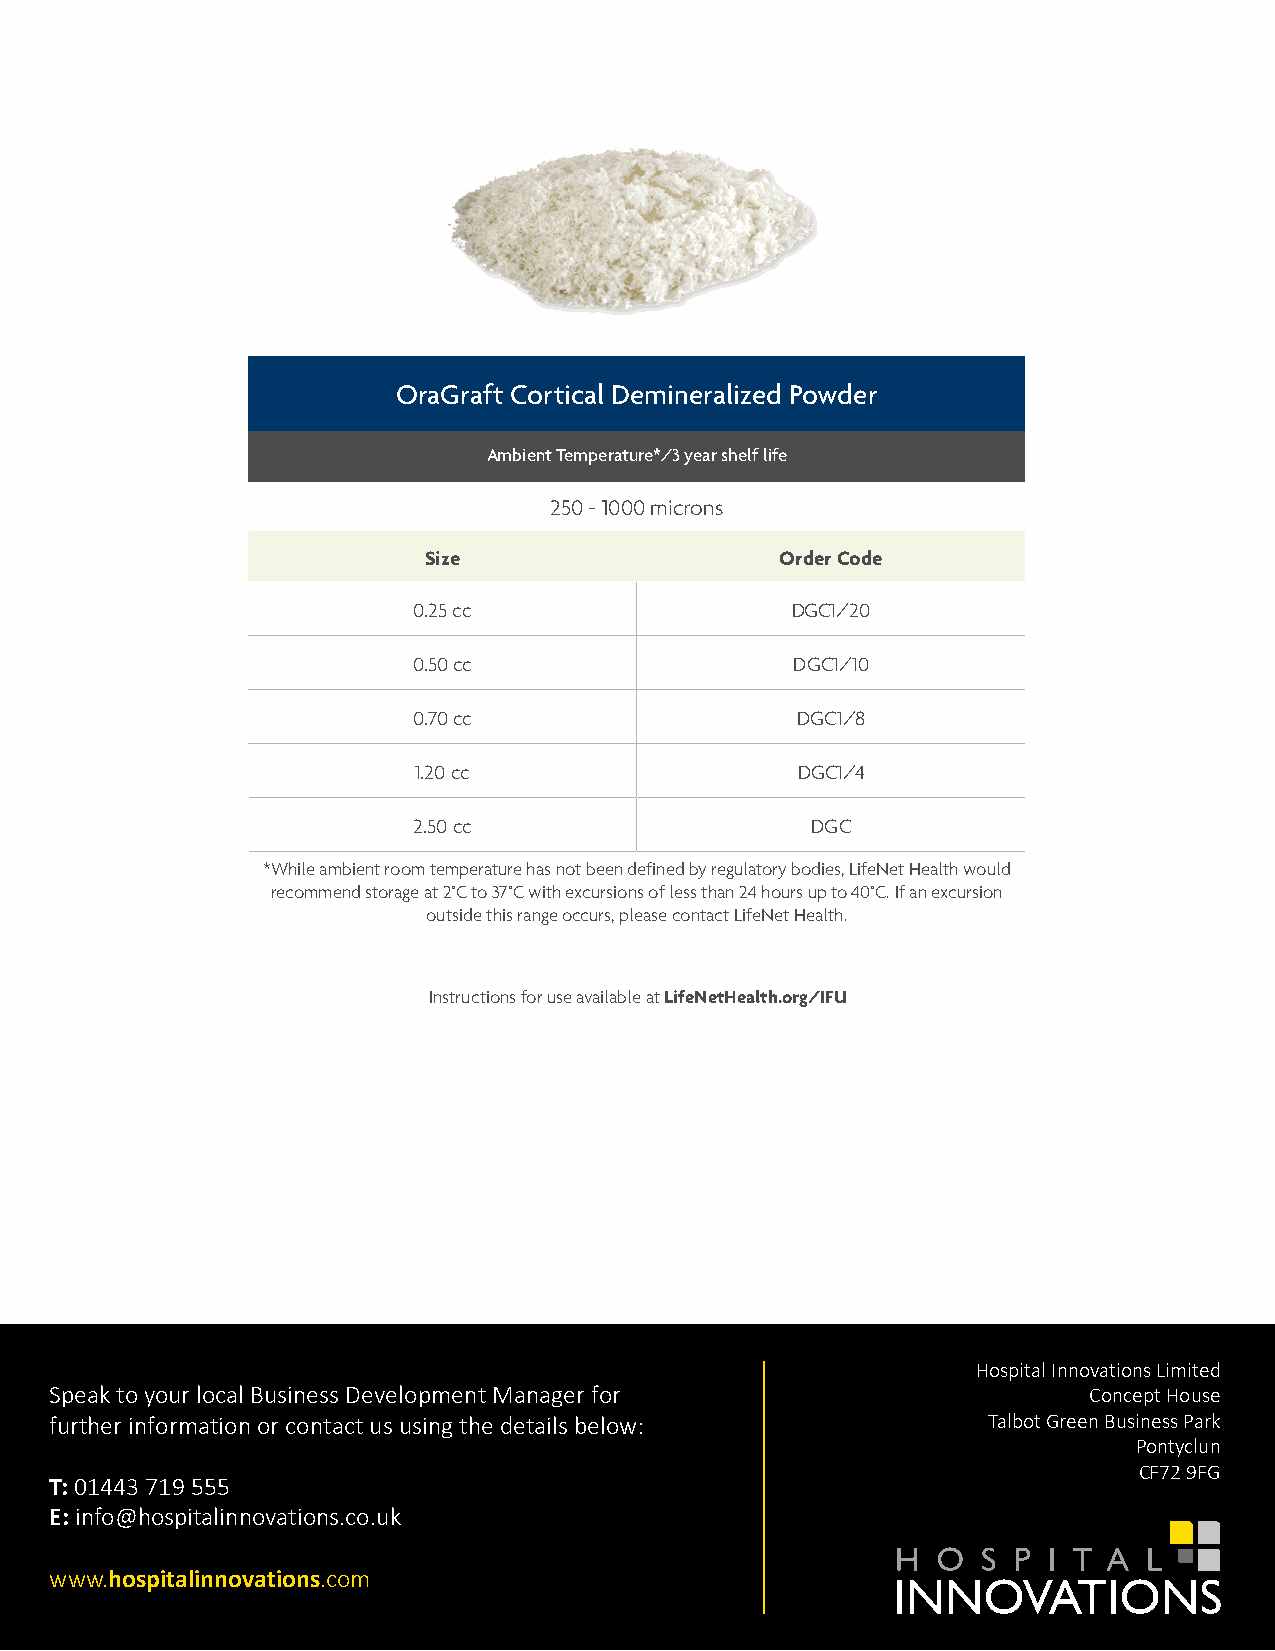
OraGraft Cortical Demineralized Powder
 Ambient Temperature*/3 year shelf life
 250 - 1000 microns
 Size                    Order Code
 0.25 cc                  DGC1/20
 0.50 cc                   DGC1/10
 0.70 cc                   DGC1/8
 1.20 cc                   DGC1/4
 2.50 cc                    DGC
 *While ambient room temperature has not been defined by regulatory bodies, LifeNet Health would
 recommend storage at 2°C to 37°C with excursions of less than 24 hours up to 40°C. If an excursion
 outside this range occurs, please contact LifeNet Health.
 Instructions for use available at LifeNetHealth.org/IFU
 Hospital Innovations Limited
 Speak to your local Business Development Manager for                 Concept House
 further information or contact us using the details below:    Talbot Green Business Park
 Pontyclun
 CF72 9FG
 T: 00114443 719 555
 E: info@hospitalinnovations.co.uk
 www.hospitalinnovations.com